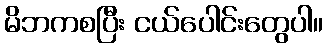
မိဘကစပြီး ငယ်ပေါင်းတွေပါ။